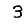
Digit: 3